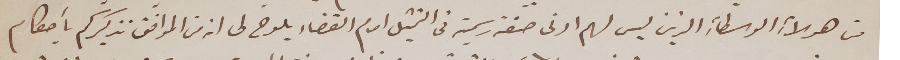
من هؤلاءِ الوسطاءِ الذين ليس لهم ادنى صفة رسمية فى التمثيل امام القضاء يلوح لى انه من الموافق تذكيركم بأحكام